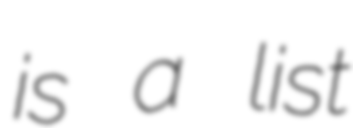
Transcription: is a list